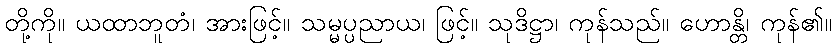
တို့ကို။ ယထာဘူတံ၊ အားဖြင့်။ သမ္မပ္ပညာယ၊ ဖြင့်။ သုဒိဋ္ဌာ၊ ကုန်သည်။ ဟောန္တိ၊ ကုန်၏။